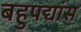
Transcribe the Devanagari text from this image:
बहुपद्यांस